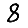
Digit: 8